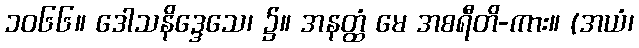
၁၀၆၆။ ဒေါသနိဒ္ဒေသေ၊ ၌။ အနတ္ထံ မေ အစရီတိ-ကား။ (အယံ၊